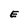
Character: E